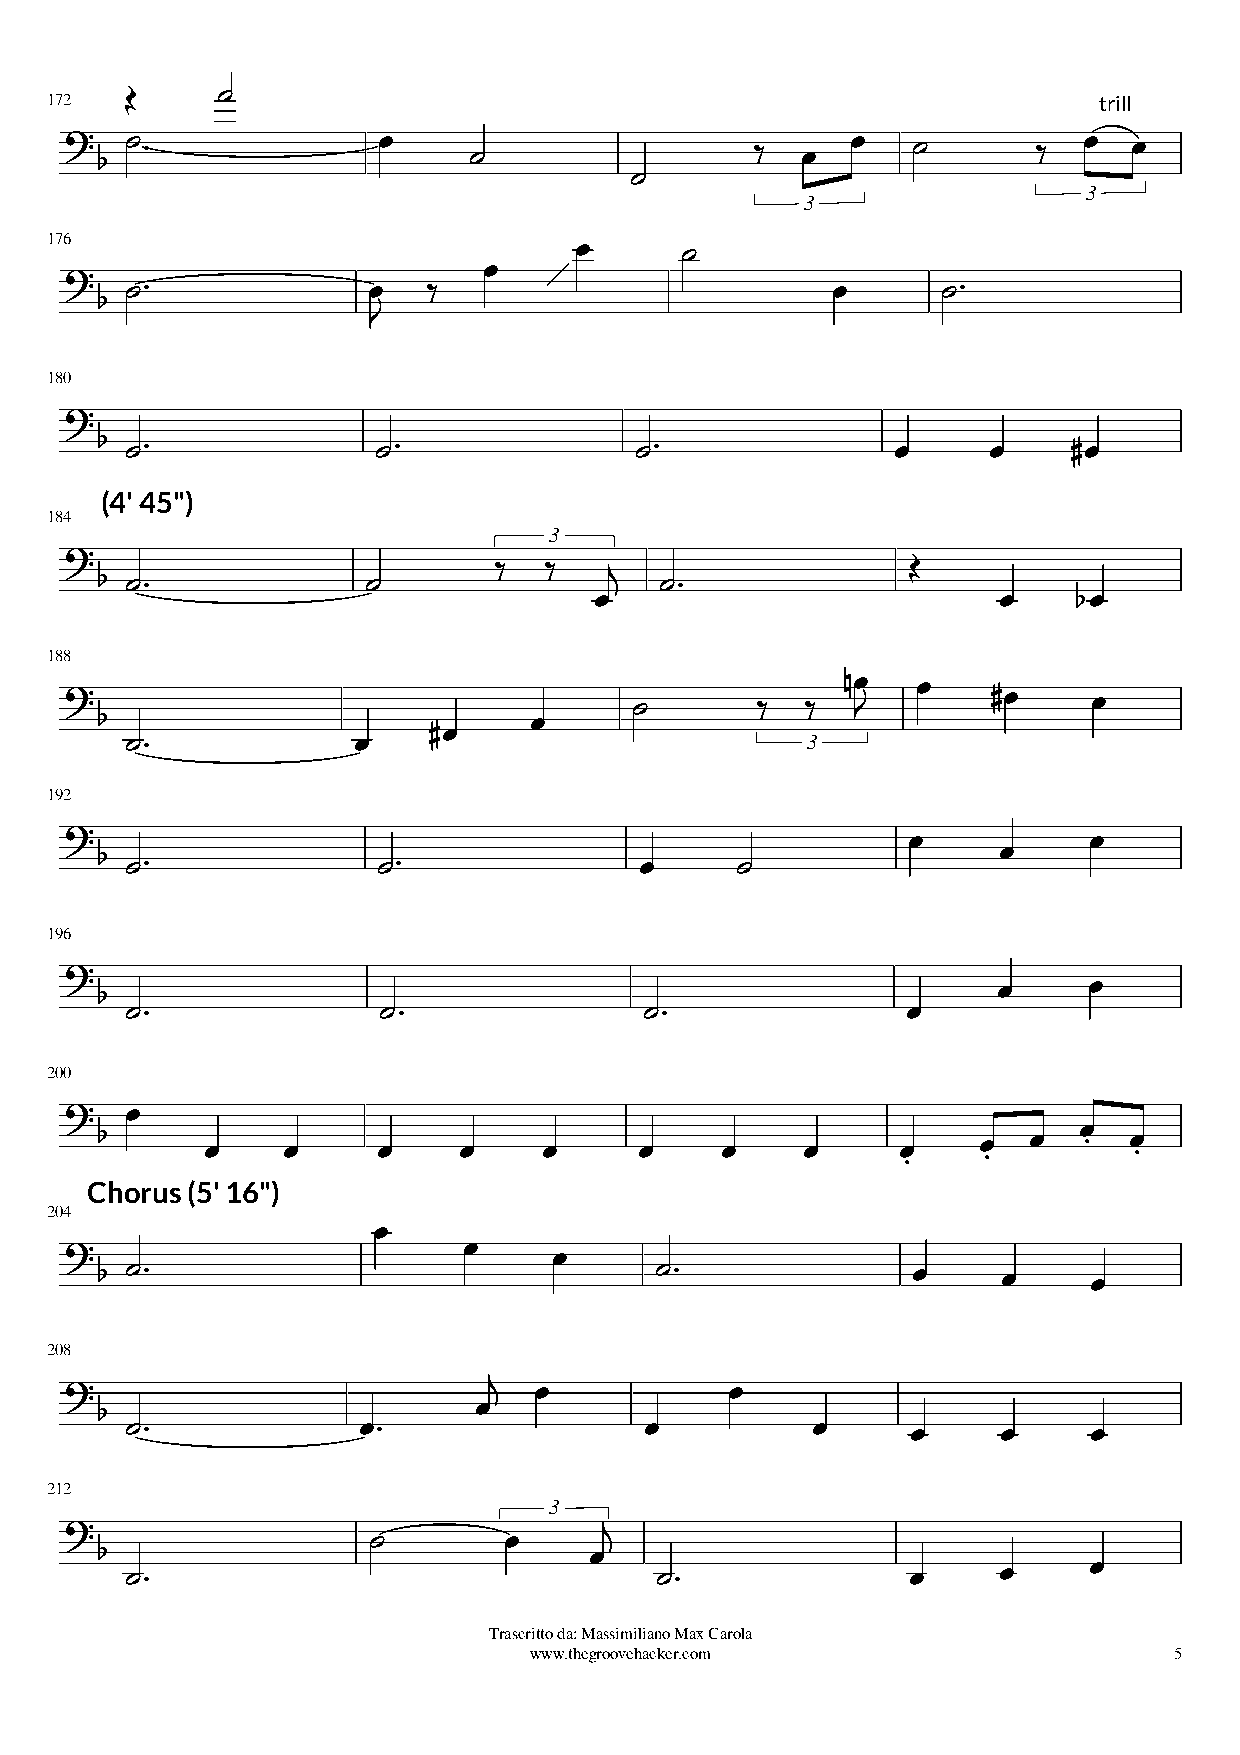
     
 172                                                                   trill
                                                            
 
 3
 3
       
 176                          
                                                     
 
 
 180
 
                                                         
 (4' 45")
 184
                               3                     
                                   
                               
 188                                                     
                                                               
                                                  
 
              
 3
 192
                                                                   
                                                      
 196
 
                                                                 
                                               
 200
    
                                                       
 Chorus (5' 16")
 
 204
                                
                                                            
 
 208
                                           
                         
                                                         
 212                                  
                              3
                                 
                                                           
 Trascritto da: Massimiliano Max Carola
 www.thegroovehacker.com                    5